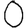
Digit: 0